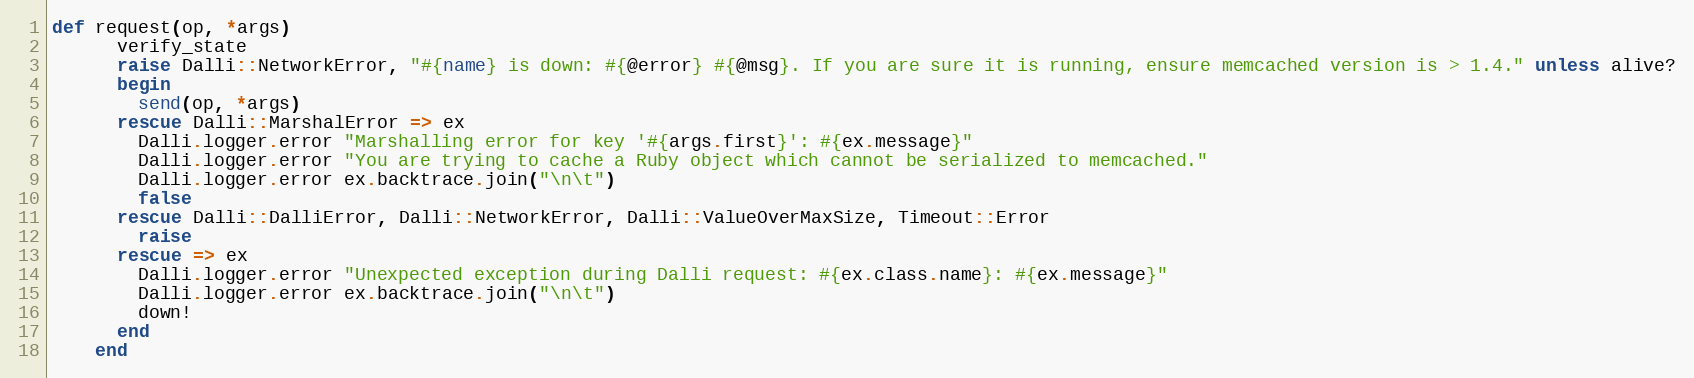
Language: Ruby
def request(op, *args)
      verify_state
      raise Dalli::NetworkError, "#{name} is down: #{@error} #{@msg}. If you are sure it is running, ensure memcached version is > 1.4." unless alive?
      begin
        send(op, *args)
      rescue Dalli::MarshalError => ex
        Dalli.logger.error "Marshalling error for key '#{args.first}': #{ex.message}"
        Dalli.logger.error "You are trying to cache a Ruby object which cannot be serialized to memcached."
        Dalli.logger.error ex.backtrace.join("\n\t")
        false
      rescue Dalli::DalliError, Dalli::NetworkError, Dalli::ValueOverMaxSize, Timeout::Error
        raise
      rescue => ex
        Dalli.logger.error "Unexpected exception during Dalli request: #{ex.class.name}: #{ex.message}"
        Dalli.logger.error ex.backtrace.join("\n\t")
        down!
      end
    end